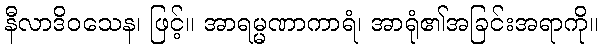
နီလာဒိဝသေန၊ ဖြင့်။ အာရမ္မဏာကာရံ၊ အာရုံ၏အခြင်းအရာကို။